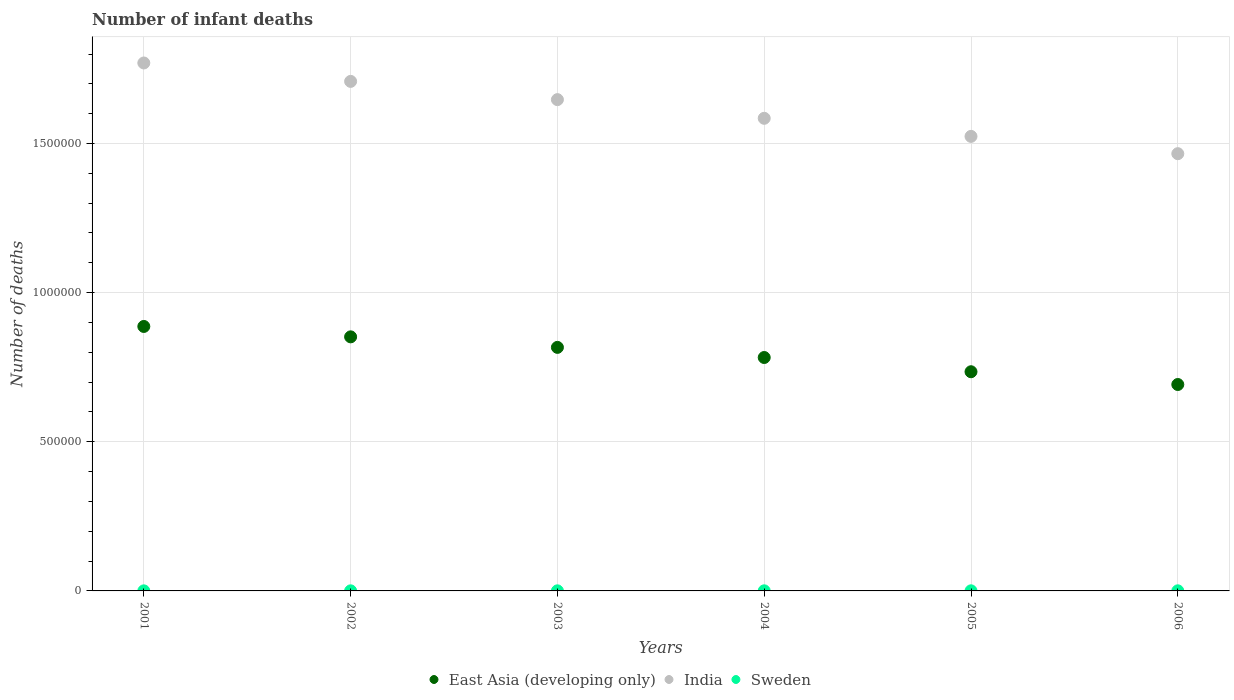
| Years | East Asia (developing only) | India | Sweden |
 | --- | --- | --- | --- |
 | 2001 | 8.87e+05 | 1.77e+06 | 255 |
 | 2002 | 8.52e+05 | 1.71e+06 | 280 |
 | 2003 | 8.16e+05 | 1.65e+06 | 311 |
 | 2004 | 7.83e+05 | 1.58e+06 | 338 |
 | 2005 | 7.35e+05 | 1.52e+06 | 351 |
 | 2006 | 6.92e+05 | 1.47e+06 | 336 |